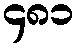
၄၈၁